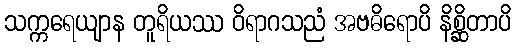
သက္ကရေယျာန တူရိယဿ ဝိရာဂသညံ အဗဓိရောပိ နိစ္ဆိတာပိ